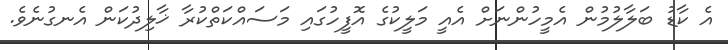
އެ ކާޑު ބަލާލުމުން އެމީހުންނަށް އެއީ މަލީކުގެ އޮފީހުގައި މަސައްކަތްކުރާ ޚާލިދުކަން އެނގުނެވެ.